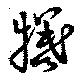
犠